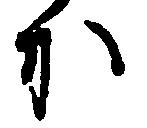
か